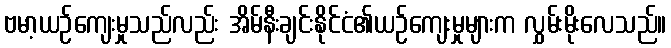
ဗမာ့ယဉ်ကျေးမှုသည်လည်း အိမ်နီးချင်းနိုင်ငံ၏ယဉ်ကျေးမှုများက လွှမ်းမိုးလေသည်။